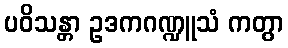
ပဝိသန္တာ ဥဒကဂဏ္ဍူသံ ကတွာ